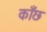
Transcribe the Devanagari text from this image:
काँछ